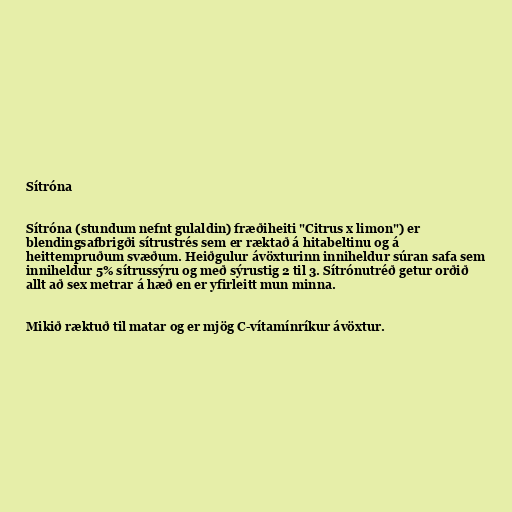
Sítróna

Sítróna (stundum nefnt gulaldin) fræðiheiti "Citrus x limon") er
blendingsafbrigði sítrustrés sem er ræktað á hitabeltinu og á
heittempruðum svæðum. Heiðgulur ávöxturinn inniheldur súran safa sem
inniheldur 5% sítrussýru og með sýrustig 2 til 3. Sítrónutréð getur orðið
allt að sex metrar á hæð en er yfirleitt mun minna.

Mikið ræktuð til matar og er mjög C-vítamínríkur ávöxtur.